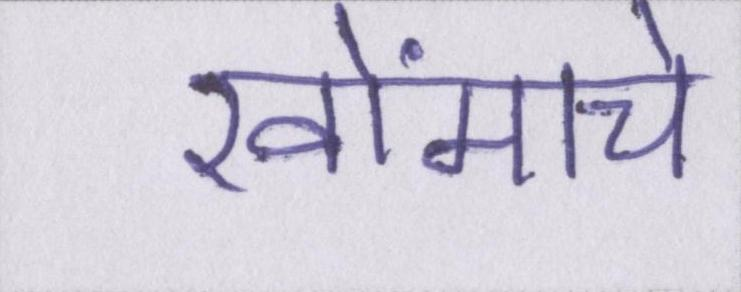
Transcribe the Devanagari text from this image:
खोंमचे